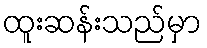
ထူးဆန်းသည်မှာ